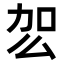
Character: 𭄢